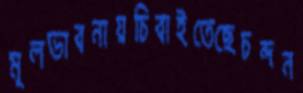
মূলভাবনায়চিবাইতেছেচন্দন